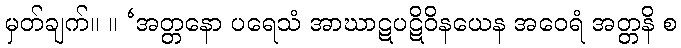
မှတ်ချက်။ ။ ‘အတ္တနော ပရေသံ အာဃာဋပဋိဝိနယေန အဝေရံ အတ္တနိ စ